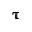
\pmb { \uptau }